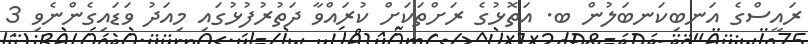
ރައީސްގެ އަނބިކަނބަލުން ބ. އަތޮޅުގެ ރަށްތަކަށް ކުރައްވާ ދަތުރުފުޅުގައި މިއަދު ވަޑައިގެންނެވި 3